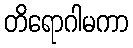
တိရောဂါမကာ